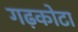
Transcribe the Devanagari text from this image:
गढ़कोटा